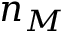
n _ { M }